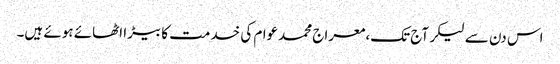
اس دن سے لیکر آج تک،معراج محمدعوام کی خدمت کا بیڑا اٹھائے ہوئے ہیں۔